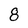
Character: 8